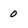
Character: 0